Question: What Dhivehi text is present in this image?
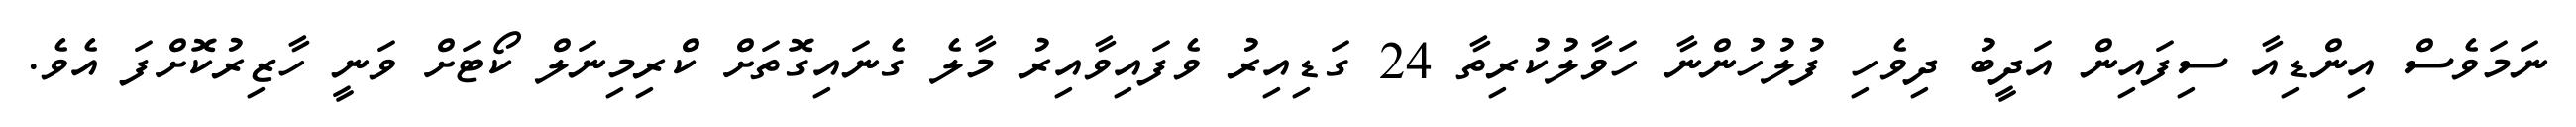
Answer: ނަމަވެސް އިންޑިއާ ސިފައިން އަދީބު ދިވެހި ފުލުހުންނާ ހަވާލުކުރިތާ 24 ގަޑިއިރު ވެފައިވާއިރު މާލެ ގެނައިގޮތަށް ކްރިމިނަލް ކޯޓަށް ވަނީ ހާޒިރުކޮށްފަ އެވެ.